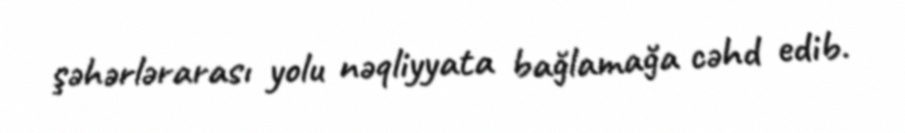
şəhərlərarası yolu nəqliyyata bağlamağa cəhd edib.